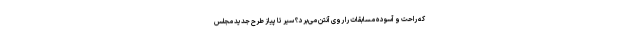
که راحت و آسوده مسابقات را روی آنتن می‌برد؟ سیر تا پیاز طرح جدید مجلس